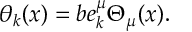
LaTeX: \theta _ { k } ( x ) = b e _ { k } ^ { \mu } \Theta _ { \mu } ( x ) .